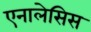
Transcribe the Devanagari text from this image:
एनालेसिस